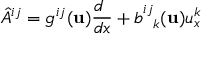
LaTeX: { \hat { A } } ^ { i j } = g ^ { i j } ( { \bf u } ) { \frac { d \phantom { x } } { d x } } + b _ { \phantom { i j } k } ^ { i j } ( { \bf u } ) u _ { x } ^ { k }